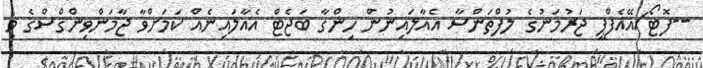
--ފޮޓޯ/އޭއެފްޕީ ޖަރުމަނުގެ ލުފްތަންސާ އެއާލައިނުން ހިންގާ ބަޖެޓް އެއާލައިނެއް ކަމަށްވާ ޖާމަންވިންގްސްގެ މި